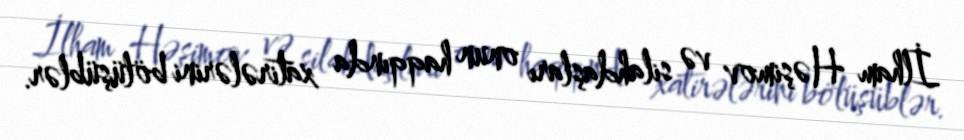
İlham Həşimov və silahdaşları onun haqqında xatirələrini bölüşüblər.